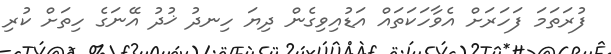
ފުރަތަމަ ފަހަރަށް އެވާހަކަތައް އަޑުއިވިގެން ދިޔަ ހިނދު ޚުދު އޭނަގެ ހިތަށް ކުރި